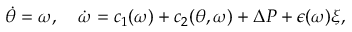
\dot { \theta } = \omega , \quad \dot { \omega } = c _ { 1 } ( \omega ) + c _ { 2 } ( \theta , \omega ) + \Delta P + \epsilon ( \omega ) \xi ,